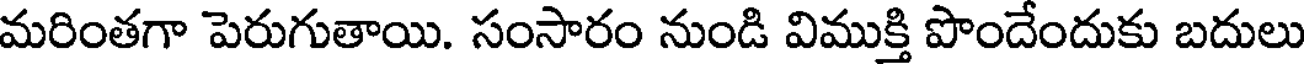
మరింతగా పెరుగుతాయి. సంసారం నుండి విముక్తి పొందేందుకు బదులు